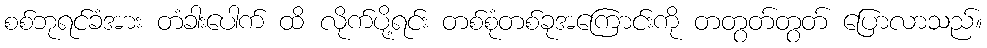
စစ်ဘုရင်ခံအား တံခါးပေါက် ထိ လိုက်ပို့ရင်း တစ်စုံတစ်ခုအကြောင်းကို တတွတ်တွတ် ပြောလာသည်။